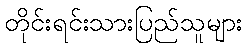
တိုင်းရင်းသားပြည်သူများ